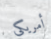
أمريكى